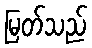
မြတ်သည်